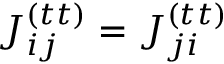
J _ { i j } ^ { ( t t ) } = J _ { j i } ^ { ( t t ) }